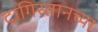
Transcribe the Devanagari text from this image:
दागिस्तानच्या